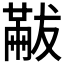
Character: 𠕯